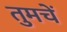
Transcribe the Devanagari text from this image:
तुमचें